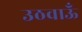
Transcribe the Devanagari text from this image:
उठवाऊँ